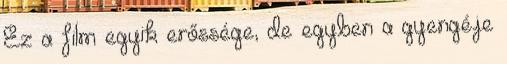
Ez a film egyik erőssége, de egyben a gyengéje